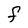
Character: F